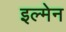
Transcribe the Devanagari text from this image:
इल्मेन